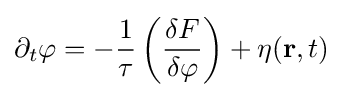
\partial _{t}\varphi =-{\frac {1}{\tau }}\left({\frac {\delta F}{\delta \varphi }}\right)+\eta ({\mathbf {r} },t)